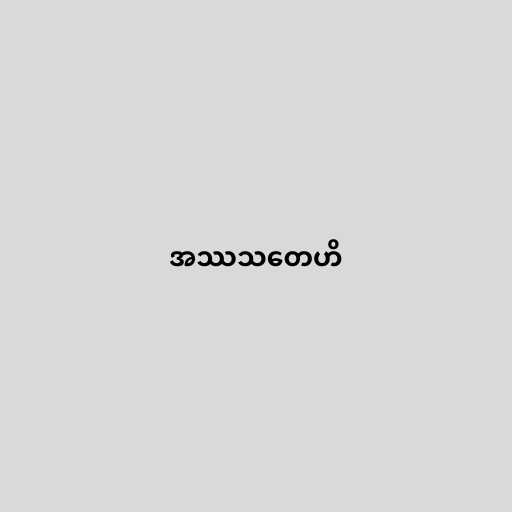
အဿသတေဟိ